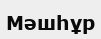
Мәшһұр